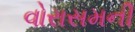
વોરાસમની